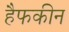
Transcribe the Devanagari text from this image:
हैफकीन